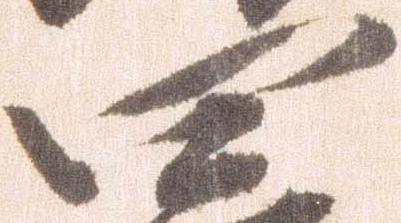
四